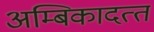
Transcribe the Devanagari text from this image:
अम्बिकादत्‍त